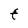
Character: t